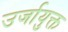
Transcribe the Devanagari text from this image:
उर्जायुक्त